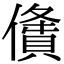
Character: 𠏤